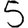
Digit: 5